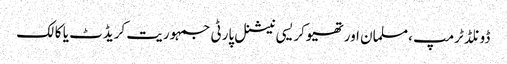
ڈونلڈ ٹرمپ ،مسلمان اور تھیوکریسی نیشنل پارٹی جمہوریت کریڈٹ یا کالک